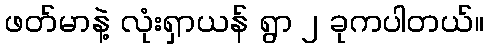
ဖတ်မာနဲ့ လုံးရှာယန် ရွာ ၂ ခုကပါတယ်။